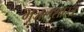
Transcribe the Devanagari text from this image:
भूजलशास्त्र